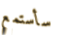
سأستمع